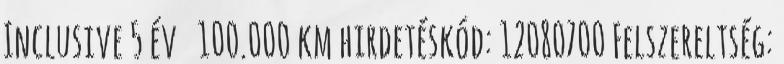
Inclusive 5 év 100.000 km hirdetéskód: 12080700 Felszereltség: